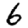
Digit: 6